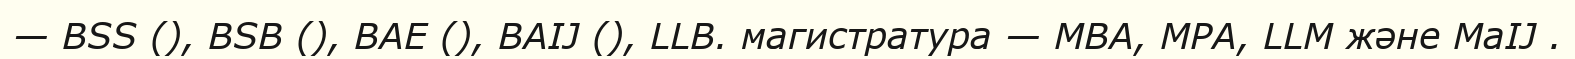
— BSS (), BSВ (), BAE (), BAIJ (), LLB. магистратура — MBA, MPA, LLM және MaIJ .